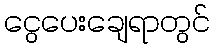
ငွေပေးချေရာတွင်